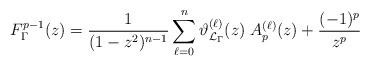
LaTeX: \begin{align*}F_\Gamma^{p-1}(z) = \frac{1}{(1-z^2)^{n-1}}\sum_{\ell=0}^{n} \vartheta_{\mathcal L_\Gamma}^{(\ell)}(z) \; A_{p}^{(\ell)}(z)+\frac{(-1)^p}{z^p}\end{align*}